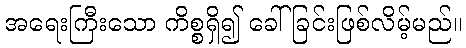
အရေးကြီးသော ကိစ္စရှိ၍ ခေါ်ခြင်းဖြစ်လိမ့်မည်။